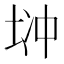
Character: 𱖧